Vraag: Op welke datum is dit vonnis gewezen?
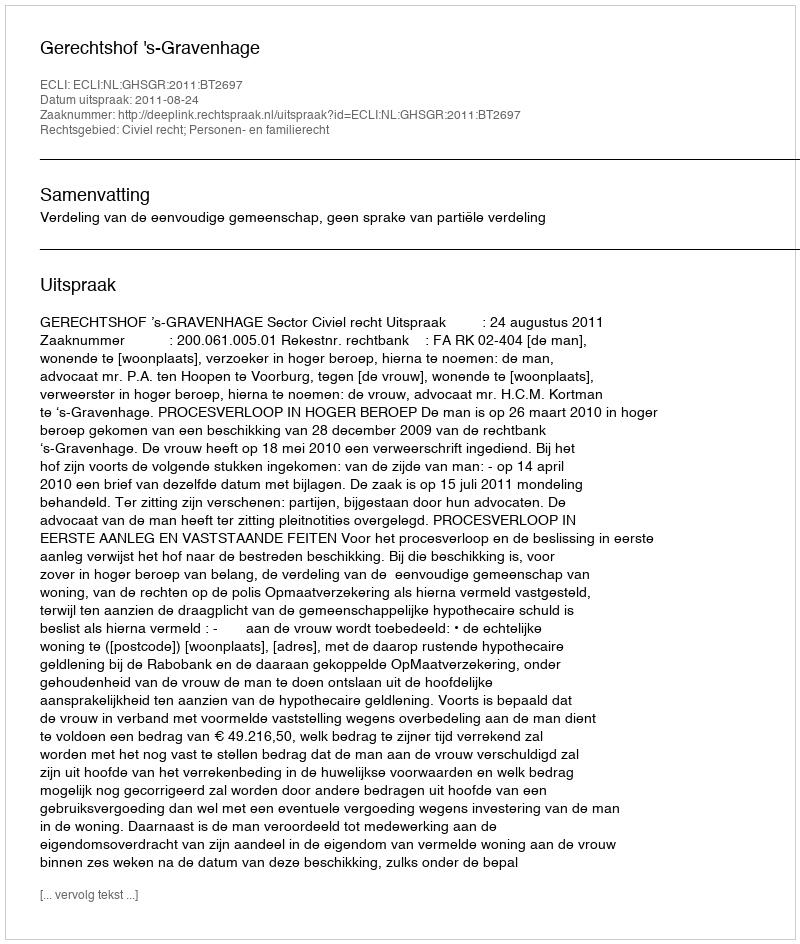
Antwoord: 2011-08-24